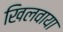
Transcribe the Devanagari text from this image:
खिलवाया